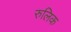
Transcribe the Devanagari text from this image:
रुलिक